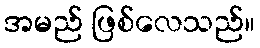
အမည် ဖြစ်လေသည်။